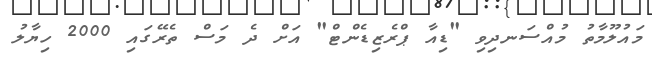
މައުލޫމާތު މުއްސަނދިވި "ޑިއާ ޕްރެޒިޑެންޓް" އަށް ދެ މަސް ތެރޭގައި 2000 ހިޔާލު